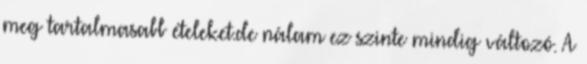
meg tartalmasabb ételeket.de nálam ez szinte mindig változó. A